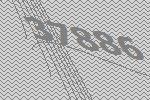
37886